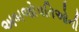
અબજોપતિઓની